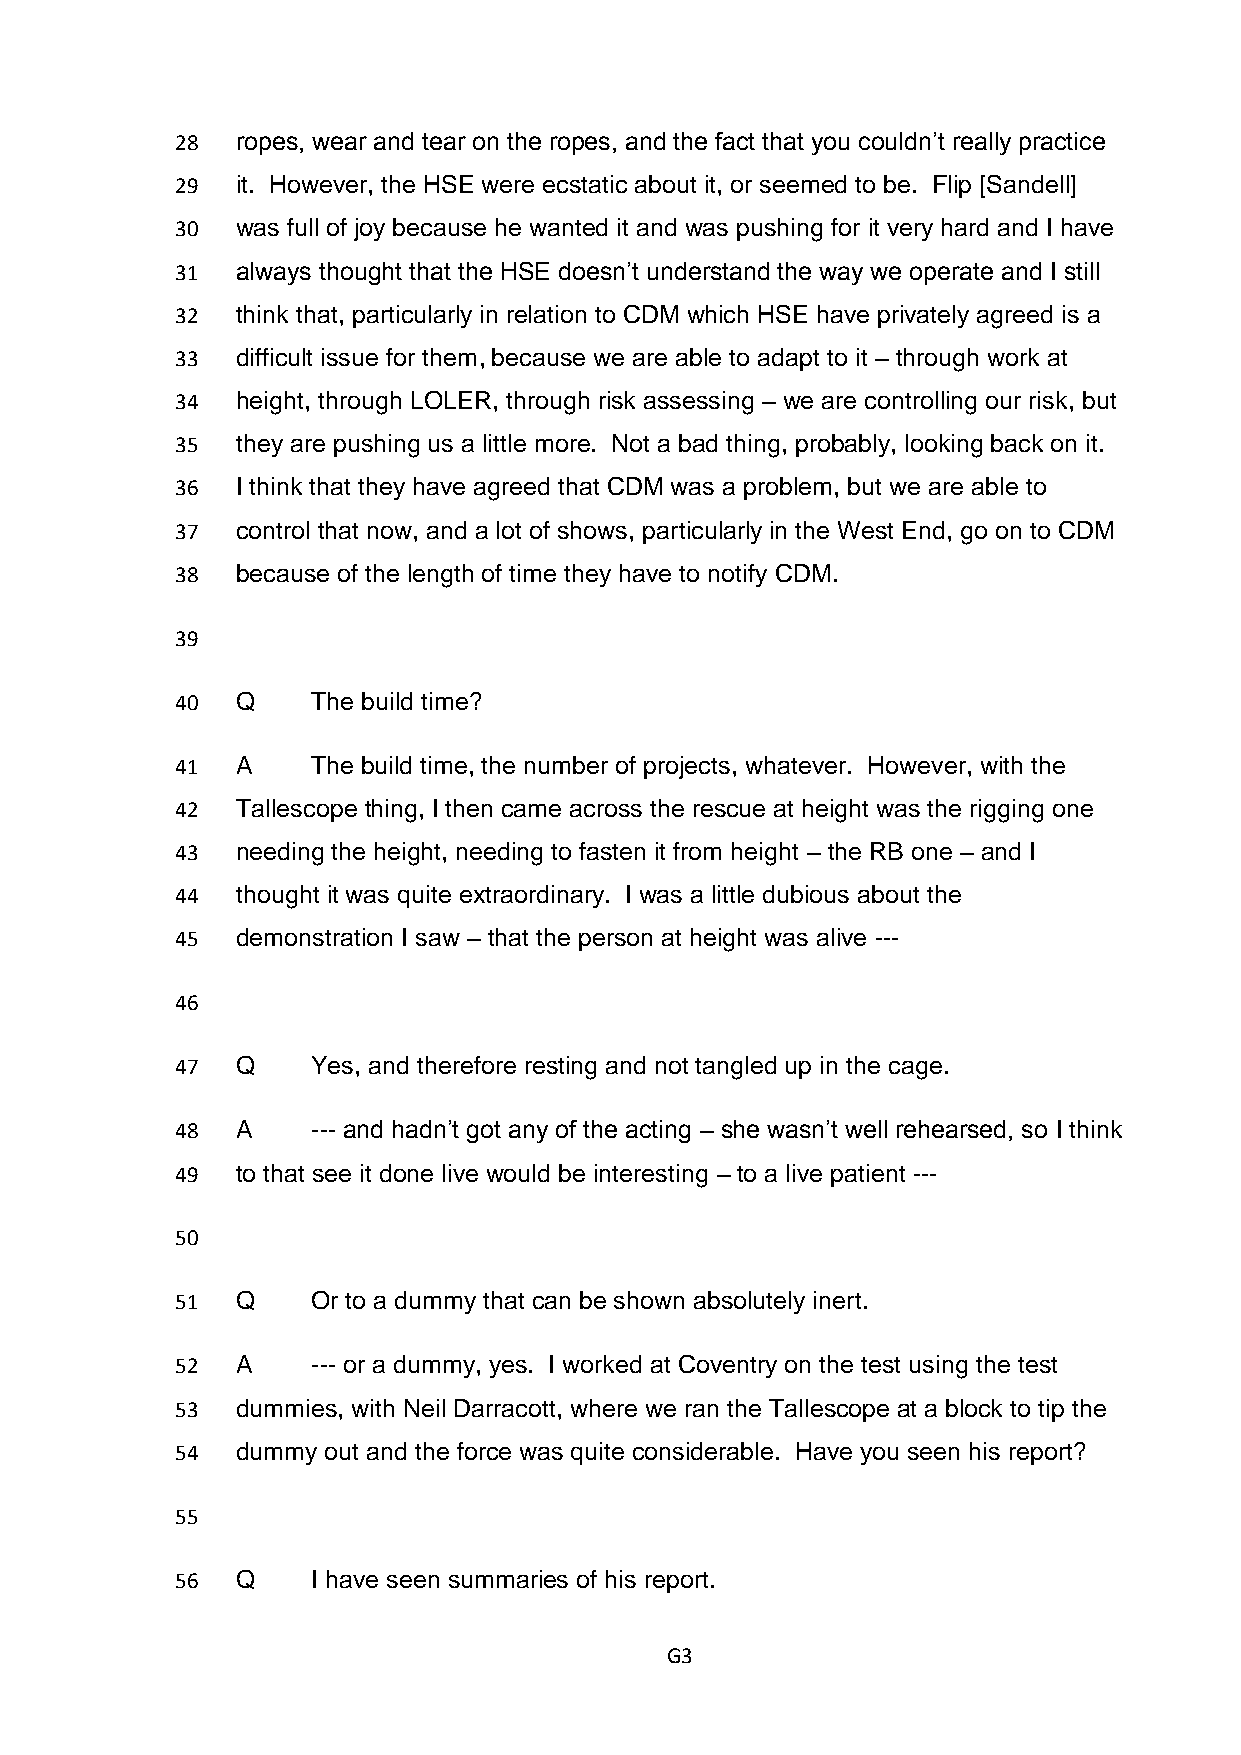
28  ropes, wear and tear on the ropes, and the fact that you couldn’t really practice
 29  it. However, the HSE were ecstatic about it, or seemed to be. Flip [Sandell]
 30  was full of joy because he wanted it and was pushing for it very hard and I have
 31  always thought that the HSE doesn’t understand the way we operate and I still
 32  think that, particularly in relation to CDM which HSE have privately agreed is a
 33  difficult issue for them, because we are able to adapt to it – through work at
 34  height, through LOLER, through risk assessing – we are controlling our risk, but
 35  they are pushing us a little more. Not a bad thing, probably, looking back on it.
 36  I think that they have agreed that CDM was a problem, but we are able to
 37  control that now, and a lot of shows, particularly in the West End, go on to CDM
 38  because of the length of time they have to notify CDM.
 39
 40  Q    The build time?
 41  A    The build time, the number of projects, whatever. However, with the
 42  Tallescope thing, I then came across the rescue at height was the rigging one
 43  needing the height, needing to fasten it from height – the RB one – and I
 44  thought it was quite extraordinary. I was a little dubious about the
 45  demonstration I saw – that the person at height was alive ---
 46
 47  Q    Yes, and therefore resting and not tangled up in the cage.
 48  A    --- and hadn’t got any of the acting – she wasn’t well rehearsed, so I think
 49  to that see it done live would be interesting – to a live patient ---
 50
 51  Q    Or to a dummy that can be shown absolutely inert.
 52  A    --- or a dummy, yes. I worked at Coventry on the test using the test
 53  dummies, with Neil Darracott, where we ran the Tallescope at a block to tip the
 54  dummy out and the force was quite considerable. Have you seen his report?
 55
 56  Q    I have seen summaries of his report.
 G3